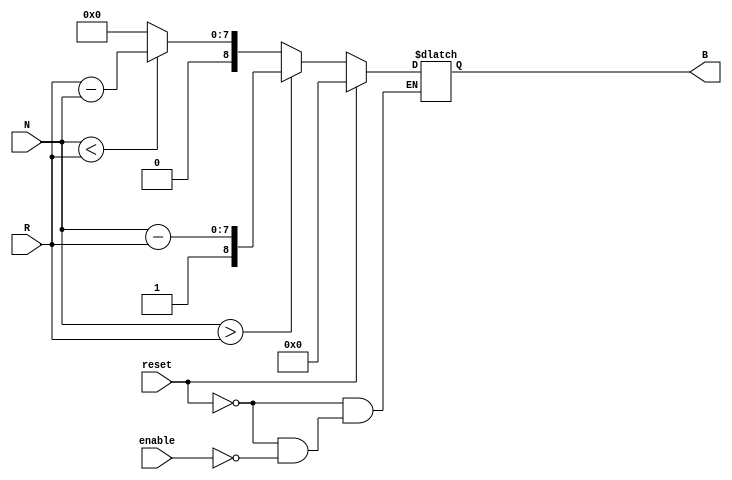
module RelativeEncoder #(
    parameter WIDTH = 8, // Number of bits for position input
    parameter OUTPUT_WIDTH = WIDTH + 1 // Output width to handle direction and magnitude
)(
    input wire [WIDTH-1:0] N, // Current position input
    input wire [WIDTH-1:0] R, // Reference input
    input wire reset,          // Reset signal
    input wire enable,         // Enable signal
    output reg [OUTPUT_WIDTH-1:0] B // Binary output
);

    always @* begin
        if (reset) begin
            B = 0; // Reset the output to zero
        end else if (enable) begin
            if (N > R) begin
                // Positive movement
                B = {1'b1, N - R}; // Set the sign bit to 1 for positive
            end else if (N < R) begin
                // Negative movement
                B = {1'b0, R - N}; // Set the sign bit to 0 for negative
            end else begin
                // No change
                B = {1'b0, {WIDTH{1'b0}}}; // Output zero for no change
            end
        end else begin
            B = B; // If not enabled, maintain the current output
        end
    end
endmodule